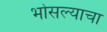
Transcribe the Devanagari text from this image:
भोसल्याचा